Madras plague regulations in force outside the Presidency town - Volume 5
Disease focus: Plague
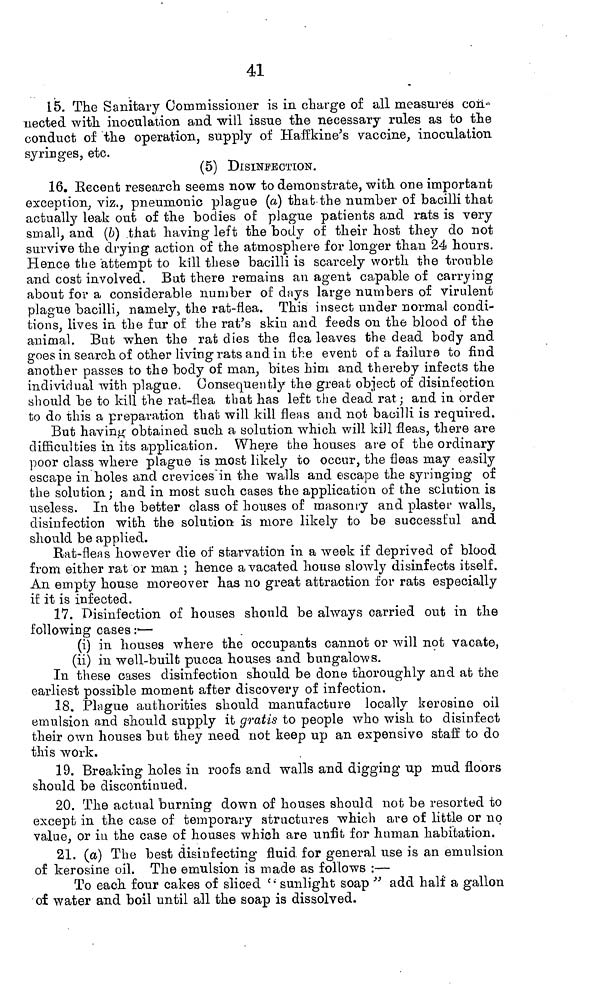
41
15. The Sanitary Commissioner is in charge of all measures con-
nected with inoculation and will issue the necessary rules as to the
conduct of the operation, supply of Hafïkine's vaccine, inoculation
syringes, etc.
(5) DISINFECTION.
16. Recent research seems now to demonstrate, with one important
exception, viz., pneumonic plague (a) that the number of bacilli that
actually leak out of the bodies of plague patients and rats is very
small, and (b) that having left the body of their host they do not
survive the drying action of the atmosphere for longer than 24 hours.
Hence the attempt to kill these bacilli is scarcely worth the trouble
and cost involved. But there remains an agent capable of carrying
about for a considerable number of days large numbers of virulent
plague bacilli, namely., the rat-flea. This insect under normal condi-
tions, lives in the fur of the rat's skin and feeds on the blood of the
animal. But when the rat dies the flea leaves the dead body and
goes in search of other living rats and in the event of a failure to find
another passes to the body of man, bites him and thereby infects the
individual with plague. Consequently the great object of disinfection
should be to kill the rat-flea that has left the dead rat; and in order
to do this a preparation that will kill fleas and not bacilli is required.
But having obtained such a solution which will kill fleas, there are
difficulties in its application. Where the houses are of the ordinary
poor class where plague is most likely to occur, the fleas may easily
escape in holes and crevices'in the walls and escape the syringing of
the solution; and in most such cases the application of the solution is
useless. In the better class of houses of masonry and plaster walls,
disinfection with the solution is more likely to be successful and
should be applied.
Rat-fleas however die of starvation in a week if deprived of blood
from either rat or man ; hence a vacated house slowly disinfects itself.
An empty house moreover has no great attraction for rats especially
if it is infected.
17. Disinfection of houses should be always carried out in the
following cases :•—
(i) in houses where the occupants cannot or will not vacate,
(ii) in well-built pucca houses and bungalows.
In these cases disinfection should be done thoroughly and at the
earliest possible moment after discovery of infection.
18. Plague authorities should manufacture locally kerosine oil
emulsion and should supply it gratis to people who wish to disinfect
their own houses but they need not keep up an expensive staff to do
this work.
19. Breaking holes in roofs and walls and digging up mud floors
should be discontinued.
20. The actual burning down of houses should not be resorted to
except in the case of temporary structures which are of little or no
value, or in the case of houses which are unfit for human habitation.
21. (a) The best disinfecting fluid for general use is an emulsion
of kerosine oil. The emulsion is made as follows :—
To each four cakes of sliced c •" sunlight soap " add half a gallon
of water and boil until all the soap is dissolved.